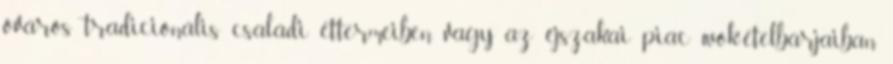
óváros tradicionális családi éttermeiben vagy az éjszakai piac wok-ételbárjaiban